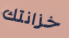
خزانتك